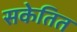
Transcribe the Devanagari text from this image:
सकेतित